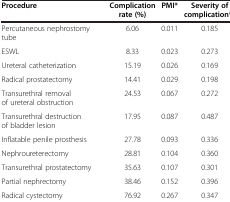
| Procedure | Complication rate (%) | PMI* | Severity of complication** |
 | --- | --- | --- | --- |
 | Percutaneous nephrostomy tube | 6.06 | 0.011 | 0.185 |
 | ESWL | 8.33 | 0.023 | 0.273 |
 | Ureteral catheterization | 15.19 | 0.026 | 0.169 |
 | Radical prostatectomy | 14.41 | 0.029 | 0.198 |
 | Transurethral removal of ureteral obstruction | 24.53 | 0.067 | 0.272 |
 | Transurethral destruction of bladder lesion | 17.95 | 0.087 | 0.487 |
 | Inflatable penile prosthesis | 27.78 | 0.093 | 0.336 |
 | Nephroureterectomy | 28.81 | 0.104 | 0.360 |
 | Transurethral prostatectomy | 35.63 | 0.107 | 0.301 |
 | Partial nephrectomy | 38.46 | 0.152 | 0.396 |
 | Radical cystectomy | 76.92 | 0.267 | 0.347 |